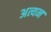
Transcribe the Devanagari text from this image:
अत्यन